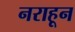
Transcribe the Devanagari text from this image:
नराहून